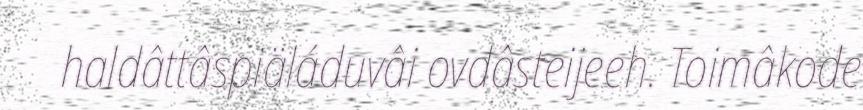
haldâttâspiäláduvâi ovdâsteijeeh. Toimâkode